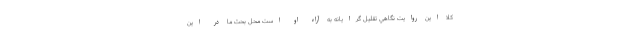
كلا اين روایت نگاهي تقليل گرايانه به آراء او است محل بحث ما در اين